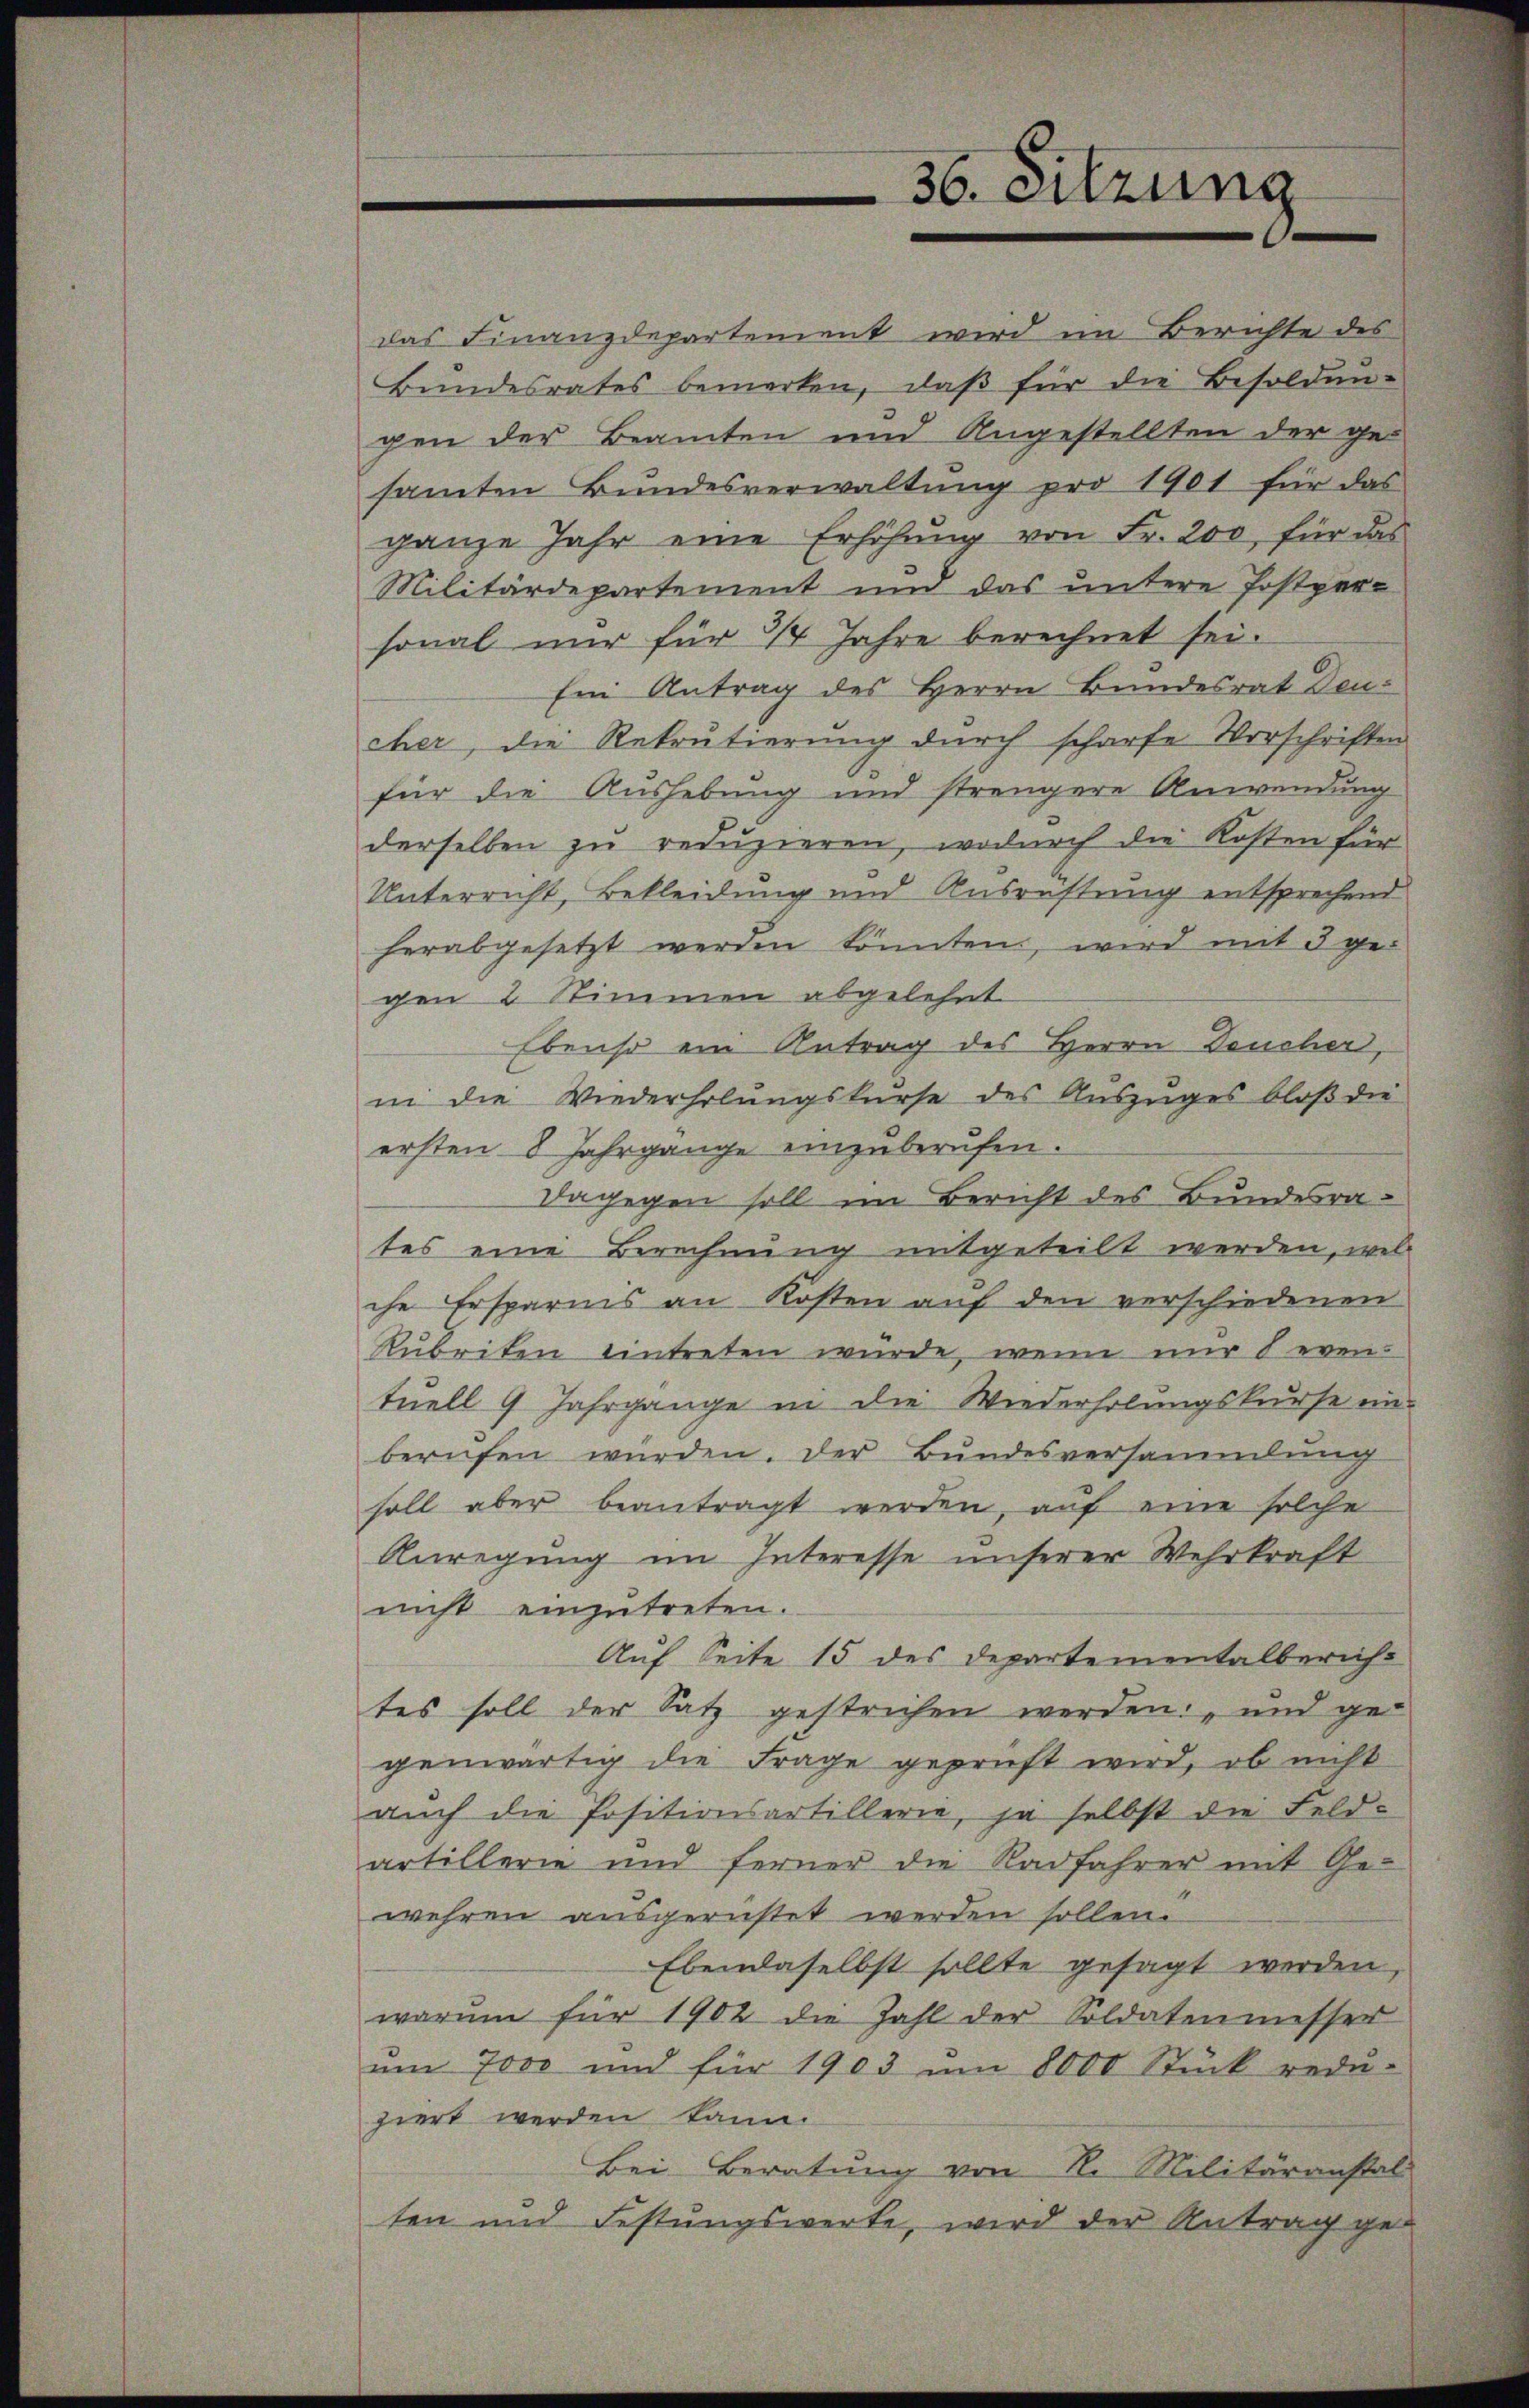
36. Sitzung

das Finanzdepartement wird im Berichte des
Bundesrates bemerken, daβ für die Besolden-
gen der Beamten und Angestellten der ge-
samten Bŭndesverwaltŭng pro 1901 für das
ganze Jahr eine Erhöhŭng von Fr. 200, für das
Militärdepartement und das untere Postpersonal nur für 3/4 Jahre berechnet sei.
Ein Antrag des Herrn Bundesrat Deucher, die Rekrutierung durch scharfe Vorschriften
für die Aushebung und strengere Anwendung
derselben zu reduzieren, wodurch die Kosten für
Unterricht, Bekleidung und Ausrüstung entsprechend
herabgesetzt werden könnten, wird mit 3 gegen 2 Stimmen abgelehrt
Ebenso ein Antrag des Herrn Deucher,
in die Wiederholungskurse des Auszuges bloß die
ersten 8 Jahrgange einzuberufen.
Dagegen soll im Bericht des Bundesrates eine Berechnung mitgeteilt werden, wel
che Ersparnis an Kosten auf den verschiedenen
Rubriten eintreten wurde, wenn nur Leventuell 9 Jahrgänge in die Wiederholungskurse ein-
berufen würden. Der Bundesversammlung
soll aber beantragt werden, auf eine solche
Anregung im Interesse unserer Wehrkraft
nicht einzutreten.
Auf Seite 15 des Departementalbericht
tes soll der Satz gestrichen werden; und ge-
genwärtig die Frage geprüft wird, ob nicht
auch die Positionsartillerie, ja selbst die Feld-
artillerie und ferner die Radfahrer mit Ge-
wehren ausgerüstet werden sollen.
Ebendaselbst sollte gesagt werden,
warum für 1902 die Zahl der Soldatenmesser
um 7000 und für 1903 um 8000 Stück rede-
ziert werden kann.
Bei Beratung von N. Militäranstal-
ten und Festungswerke, wird der Antrag ge¬